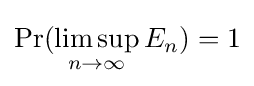
\Pr(\limsup _{n\to \infty }E_{n})=1